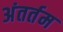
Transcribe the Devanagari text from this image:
अंतर्तम